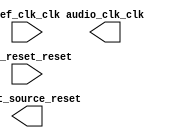

module Audio_CLK (
	ref_clk_clk,
	ref_reset_reset,
	audio_clk_clk,
	reset_source_reset);	

	input		ref_clk_clk;
	input		ref_reset_reset;
	output		audio_clk_clk;
	output		reset_source_reset;
endmodule